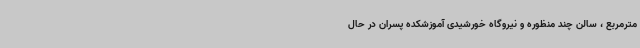
مترمربع ، سالن چند منظوره و نیروگاه خورشیدی آموزشکده پسران در حال